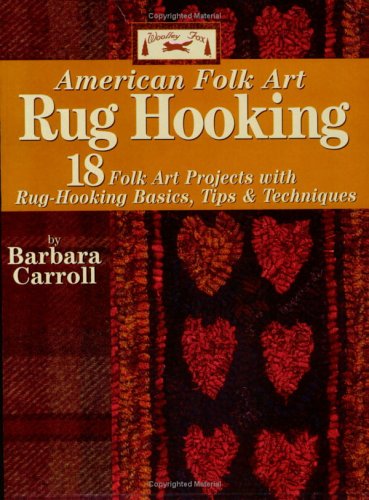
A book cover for Woolley Fox American Folk Art Rug Hooking; Barbara Carroll; Crafts, Hobbies & Home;